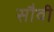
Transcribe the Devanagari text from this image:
सौवी